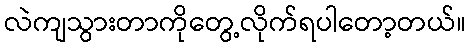
လဲကျသွားတာကိုတွေ့လိုက်ရပါတော့တယ်။